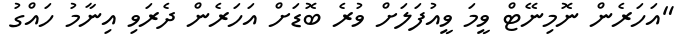
"އަހަރެން ނޮމިނޭޓް ވީމަ ވީއުފަލަށް ވުރެ ބޮޑަށް އަހަރެން ދެރަވި އިނާމު ހައްގު